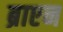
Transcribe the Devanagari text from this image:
ब्राएन